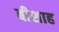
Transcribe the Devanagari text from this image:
बीशाह